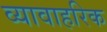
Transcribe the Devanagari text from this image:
व्यावाहरिक